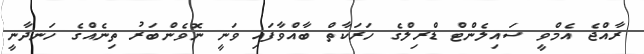
ރާއްޖެ އެމްވީ ސައިލެންޓް ޑްރިލްގެ ހަރަކާތް ބާއްވާފައި ވަނީ ނޮވެންބަރު ތިނެއްގެ ހަނދާނީ